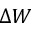
\Delta W